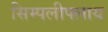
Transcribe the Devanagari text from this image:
सिम्पलीफ्लाय